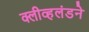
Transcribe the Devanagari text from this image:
क्लीव्हलंडने